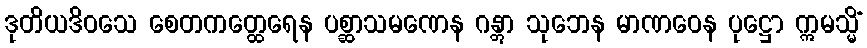
ဒုတိယဒိဝသေ စေတကတ္ထေရေန ပစ္ဆာသမဏေန ဂန္တွာ သုဘေန မာဏဝေန ပုဋ္ဌော ဣမသ္မိံ